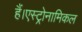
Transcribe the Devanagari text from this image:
हैं।एस्ट्रोनामिकल